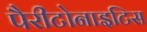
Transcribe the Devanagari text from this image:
पैरीटोनाइटिस